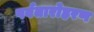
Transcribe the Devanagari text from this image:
पर्वतारोहरण